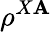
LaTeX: \rho^{X\mathbf{A}}